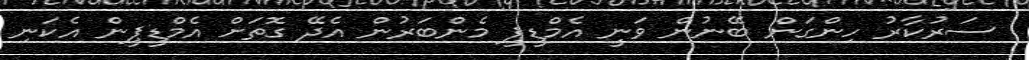
ސަރުކާރު ހިންގަން ބޭނުން ވަނީ އެމްޑީޕީ މެންބަރުން އެދޭ ގޮތަށް އެމްޑީޕީން އެކަނި